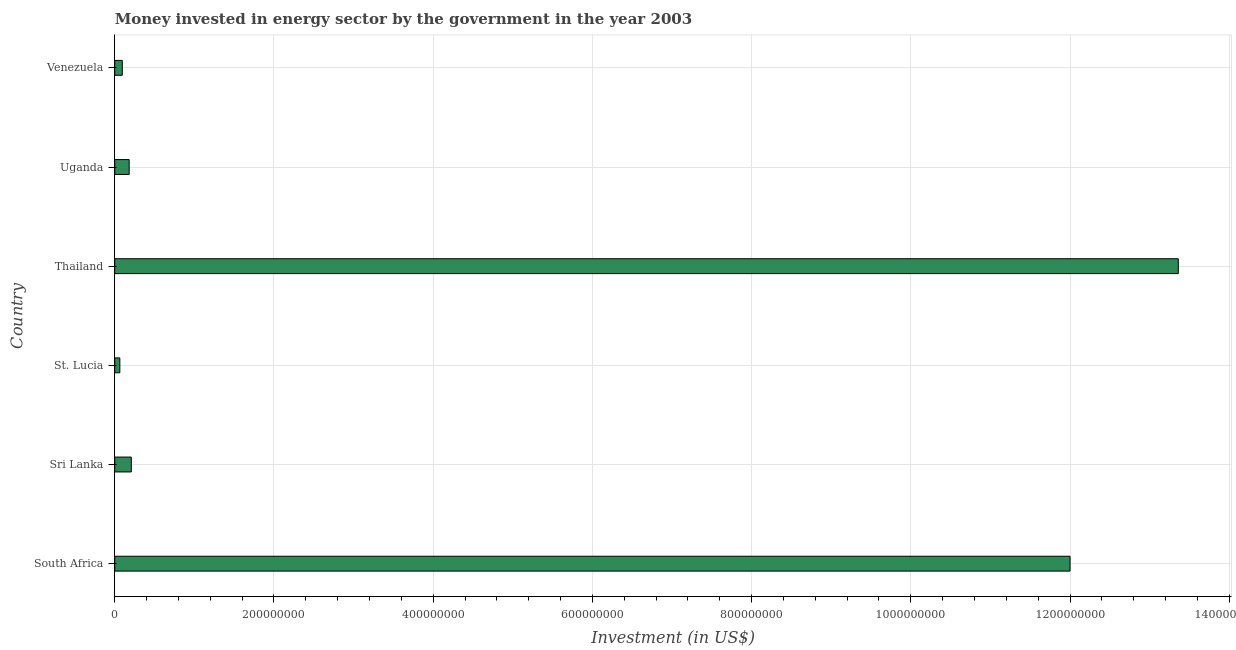
| Country | Investment in energy with private participation (current US$) |
 | --- | --- |
 | South Africa | 1.2e+09 |
 | Sri Lanka | 2.08e+07 |
 | St. Lucia | 6.4e+06 |
 | Thailand | 1.34e+09 |
 | Uganda | 1.81e+07 |
 | Venezuela | 9.47e+06 |